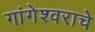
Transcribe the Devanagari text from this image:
गांगेश्वराचे